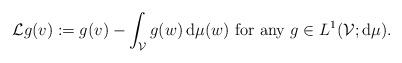
LaTeX: \begin{align*}\mathcal{L} g (v):=g(v)-\int_{\mathcal{V}} g(w)\, {\rm d}\mu(w)\mbox{ for any }g\in L^1(\mathcal{V};{\rm d}\mu).\end{align*}